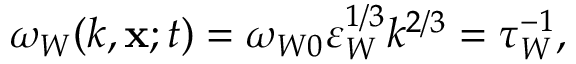
\omega _ { W } ( k , { \bf { x } } ; t ) = \omega _ { W 0 } \varepsilon _ { W } ^ { 1 / 3 } k ^ { 2 / 3 } = \tau _ { W } ^ { - 1 } ,